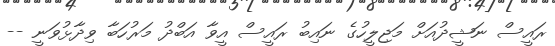
ރައީސް ނަޝީދުއަށް މަޖިލީހުގެ ނައިބު ރައީސް އީވާ އަބްދު މަރުހަބާ ވިދާޅުވަނީ --